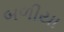
બળીયા